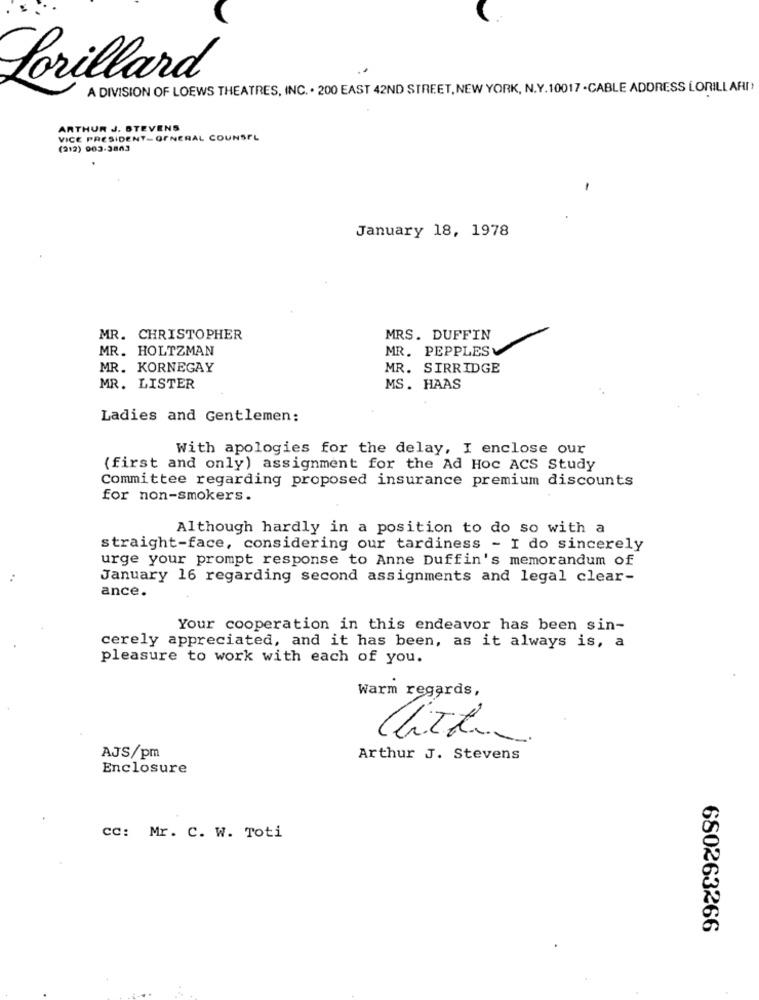
Lorillard
A DIVISION OF LOEWS THEATRES, INC. . 200 EAST 42ND STREET, NEW YORK, N.Y.10017 -CABLE ADDRESS LORILL ARI!
ARTHUR J. STEVENS
VICE PRESIDENT- GENERAL COUNSEL
(212) 903-3863
-
January 18, 1978
MR. CHRISTOPHER
MRS. DUFFIN
MR. HOLTZMAN
MR. PEPPLES
MR. KORNEGAY
MR. SIRRIDGE
MR. LISTER
MS. HAAS
Ladies and Gentlemen:
With apologies for the delay, I enclose our
(first and only) assignment for the Ad Hoc ACS Study
Committee regarding proposed insurance premium discounts
for non-smokers.
Although hardly in a position to do so with a
straight-face, considering our tardiness - I do sincerely
urge your prompt response to Anne Duffin's memorandum of
January 16 regarding second assignments and legal clear-
ance.
Your cooperation in this endeavor has been sin-
cerely appreciated, and it has been, as it always is, a
pleasure to work with each of you.
Warm regards,
AJS/pm
Arthur J. Stevens
Enclosure
CC: Mr. C. W. Toti
680263266